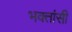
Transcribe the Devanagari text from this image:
भक्तांसी